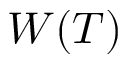
W ( T )